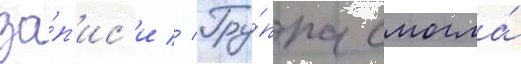
за́п'ис'и // Гру́ппа смогла́